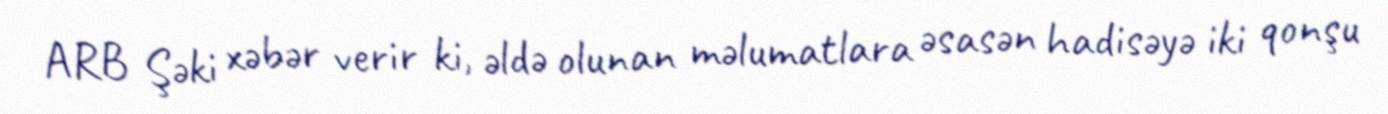
ARB Şəki xəbər verir ki, əldə olunan məlumatlara əsasən hadisəyə iki qonşu